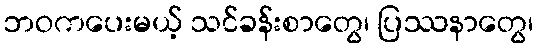
ဘဝကပေးမယ့် သင်ခန်းစာတွေ၊ ပြဿနာတွေ၊